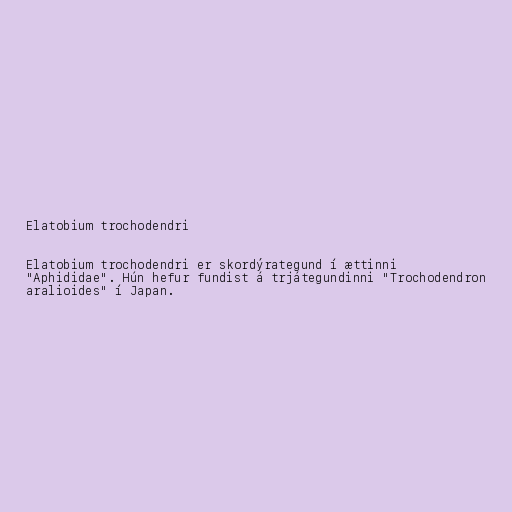
Elatobium trochodendri

Elatobium trochodendri er skordýrategund í ættinni
"Aphididae". Hún hefur fundist á trjátegundinni "Trochodendron
aralioides" í Japan.